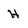
Character: H